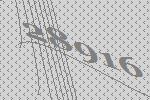
28916